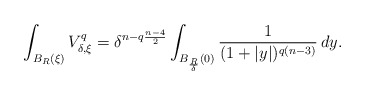
\begin{align*}\int_{B_R(\xi)} V_{\delta,\xi}^q=\delta^{n-q\frac{n-4}{2}}\int_{B_\frac{R}{\delta}(0)} \frac{1}{(1+|y|)^{q(n-3)}}\, dy.\end{align*}